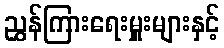
ညွှန်ကြားရေးမှူးများနှင့်